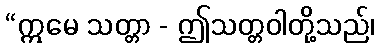
“ဣမေ သတ္တာ - ဤသတ္တဝါတို့သည်၊